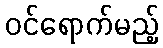
ဝင်ရောက်မည့်